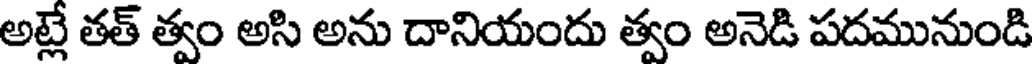
అట్లే తత్ త్వం అసి అను దానియందు త్వం అనెడి పదమునుండి